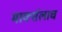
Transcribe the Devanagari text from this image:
मार्क्‍सलाच